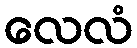
လေလံ